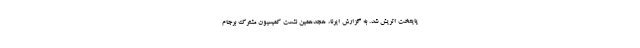
پایتخت اتریش شد. به گزارش ایرنا، هجدهمین نشست کمیسیون مشترک برجام